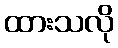
ထားသလို